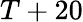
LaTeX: T+20